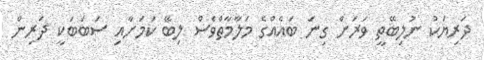
ދަރިޔަކު ނުލިބޭތީ ވަރަށް ގިނަ ބައެއްގެ މަލާމާތްވެސް ލިބޭ ކަމަށާއި ސަބަބަކީ ދަރިން